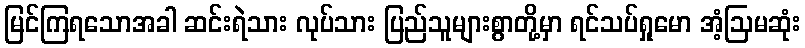
မြင်ကြရသောအခါ ဆင်းရဲသား လုပ်သား ပြည်သူများစွာတို့မှာ ရင်သပ်ရှုမော အံ့ဩမဆုံး